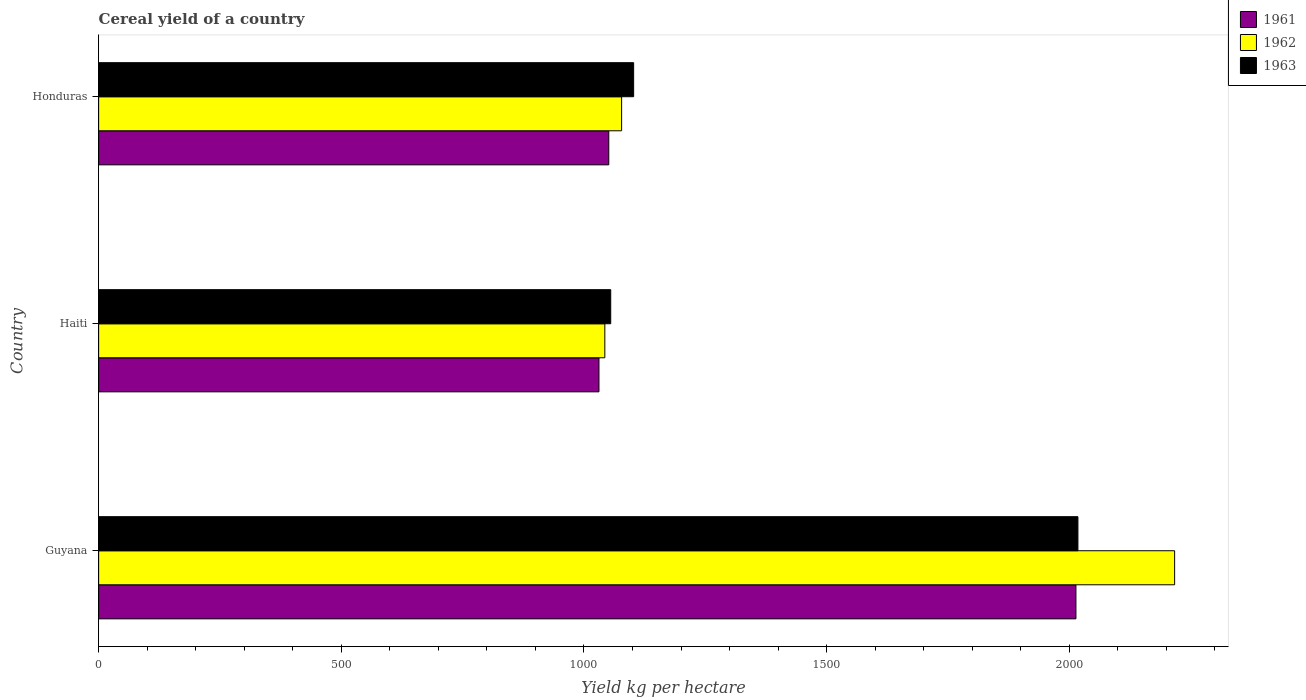
| Country | 1961 | 1962 | 1963 |
 | --- | --- | --- | --- |
 | Guyana | 2.01e+03 | 2.22e+03 | 2.02e+03 |
 | Haiti | 1.03e+03 | 1.04e+03 | 1.06e+03 |
 | Honduras | 1.05e+03 | 1.08e+03 | 1.1e+03 |